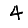
Digit: 4